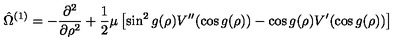
\hat { \Omega } ^ { ( 1 ) } = - \frac { \partial ^ { 2 } } { \partial \rho ^ { 2 } } + \frac 1 2 \mu \left[ \sin ^ { 2 } g ( \rho ) V ^ { \prime \prime } ( \cos g ( \rho ) ) - \cos g ( \rho ) V ^ { \prime } ( \cos g ( \rho ) ) \right]